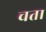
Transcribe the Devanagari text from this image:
चता